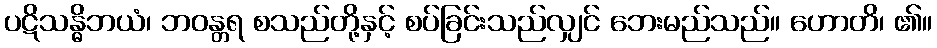
ပဋိသန္ဓိဘယံ၊ ဘဝန္တရ စသည်တို့နှင့် စပ်ခြင်းသည်လျှင် ဘေးမည်သည်။ ဟောတိ၊ ၏။